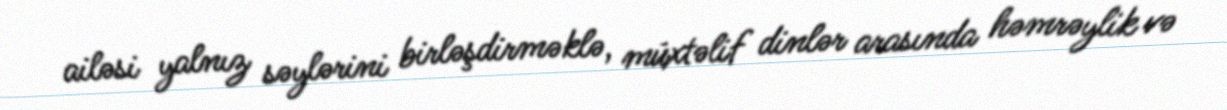
ailəsi yalnız səylərini birləşdirməklə, müxtəlif dinlər arasında həmrəylik və